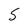
Character: S